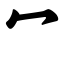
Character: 冖